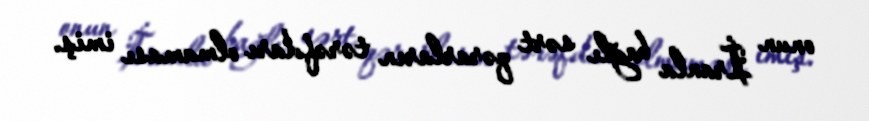
onun İranla bağlı sərt qərarların tərəfdarı olmaması imiş.